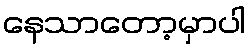
နေသာတော့မှာပါ